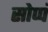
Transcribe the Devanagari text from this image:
सोप्पं